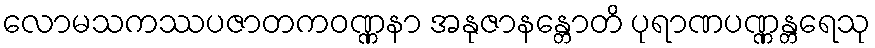
လောမသကဿပဇာတကဝဏ္ဏနာ အနုဇာနန္တောတိ ပုရာဏပဏ္ဏန္တရေသု